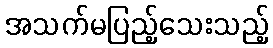
အသက်မပြည့်သေးသည့်